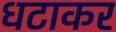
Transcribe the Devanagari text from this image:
धटाकर